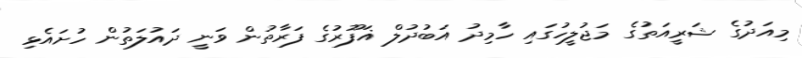
މިއަދުގެ ޝަރީއަތުގެ މަޖުލީހުގައި ހާމިދު އަބުދުލް ޣަފޫރުގެ ފަރާތުން ވަނީ ދައުލަތުން ހުށައެޅި